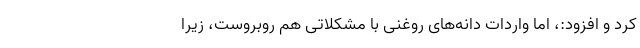
کرد و افزود:، اما واردات دانه‌های روغنی با مشکلاتی هم روبروست، زیرا